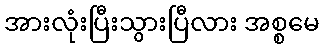
အားလုံးပြီးသွားပြီလား အစ္စမေ